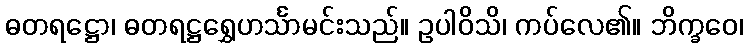
ဓတရဋ္ဌော၊ ဓတရဋ္ဌရွှေဟင်္သာမင်းသည်။ ဥပါဝိသိ၊ ကပ်လေ၏။ ဘိက္ခဝေ၊